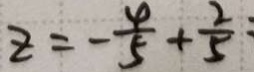
z = - \frac { 4 } { 5 } + \frac { 2 } { 5 }